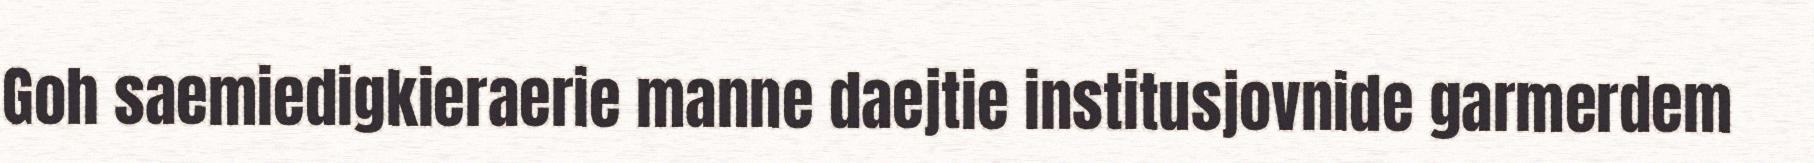
Goh saemiedigkieraerie manne daejtie institusjovnide garmerdem